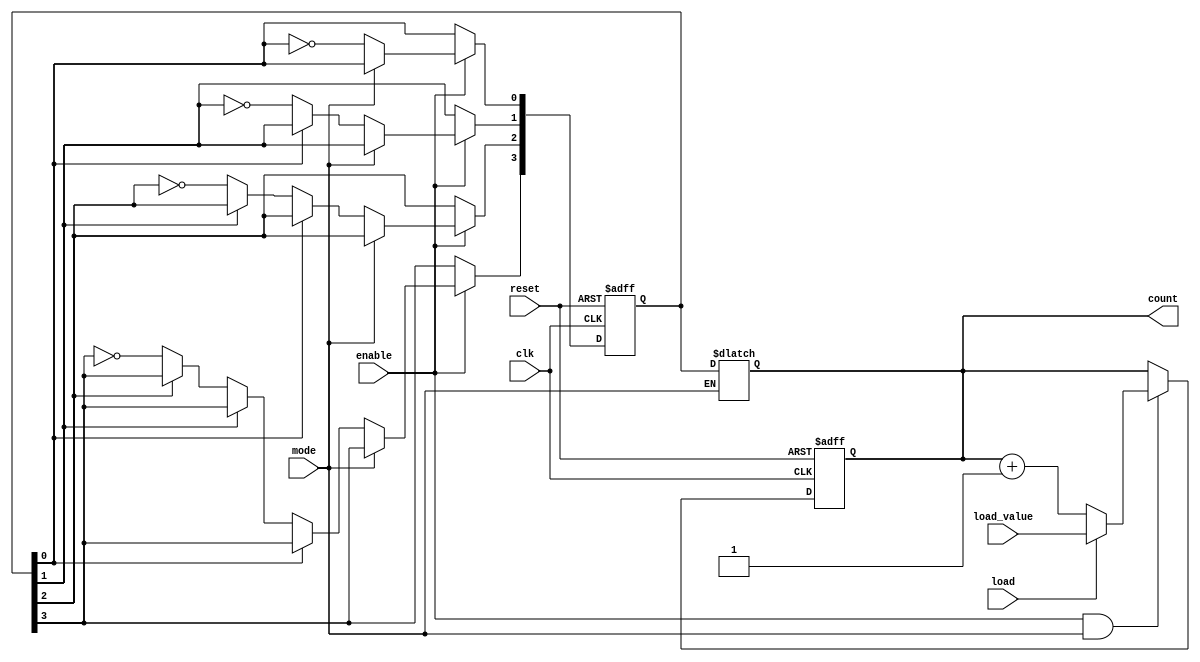
module chained_parallel_counter (
    input wire clk,          // Clock input
    input wire reset,        // Asynchronous reset
    input wire enable,       // Enable counting
    input wire mode,         // Mode selection (0 for chained, 1 for parallel)
    input wire load,         // Load signal for parallel counting
    input wire [3:0] load_value, // Value to load in parallel mode
    output reg [3:0] count   // 4-bit output count
);

// Internal signal for chained counting
reg [3:0] chained_count;

// Chained Counter Logic
always @(posedge clk or posedge reset) begin
    if (reset) begin
        chained_count <= 4'b0000;
    end else if (enable) begin
        if (!mode) begin // Chained mode
            // Ripple counting
            chained_count[0] <= ~chained_count[0]; // Toggle LSB
            if (chained_count[0] == 1'b0) begin
                chained_count[1] <= ~chained_count[1];
                if (chained_count[1] == 1'b0) begin
                    chained_count[2] <= ~chained_count[2];
                    if (chained_count[2] == 1'b0) begin
                        chained_count[3] <= ~chained_count[3];
                    end
                end
            end
        end
    end
end

// Parallel Counter Logic
always @(posedge clk or posedge reset) begin
    if (reset) begin
        count <= 4'b0000;
    end else if (enable && mode) begin // Parallel mode
        if (load) begin
            count <= load_value; // Load value
        end else begin
            count <= count + 1; // Increment count
        end
    end
end

// Final output control
always @(*) begin
    if (mode) begin
        // If in parallel mode, output the parallel count directly
        count = count; // Already processed in the parallel counter logic
    end else begin
        // If in chained mode, output the chained count
        count = chained_count;
    end
end

endmodule